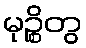
မုဉ္စိတွ